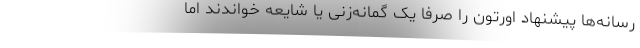
رسانه‌ها پیشنهاد اورتون را صرفا یک گمانه‌زنی یا شایعه خواندند اما